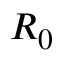
R _ { 0 }